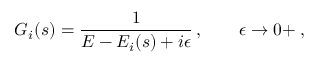
G _ { i } ( s ) = \frac { 1 } { E - E _ { i } ( s ) + i \epsilon } \, , \qquad \epsilon \to 0 + \; ,